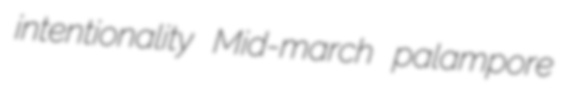
intentionality Mid-march palampore